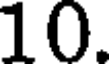
10.